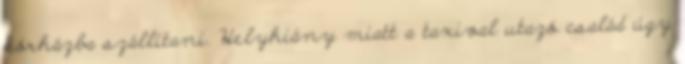
kórházba szállítani. Helyhiány miatt a taxival utazó család úgy